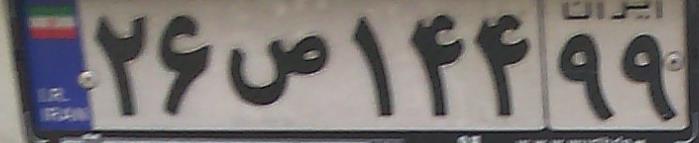
۲۶ص۱۴۴۹۹